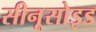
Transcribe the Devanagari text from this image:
सीनूसोइड